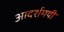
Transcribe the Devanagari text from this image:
आदर्शमयी